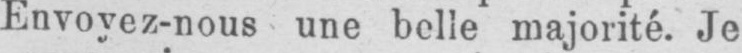
Envoyez-nous une belle majorité. Je